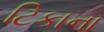
ટિકાના